Annual report of the Punjab Veterinary College and of the Civil Veterinary Department, Punjab - 1926-1932
Year: 1926
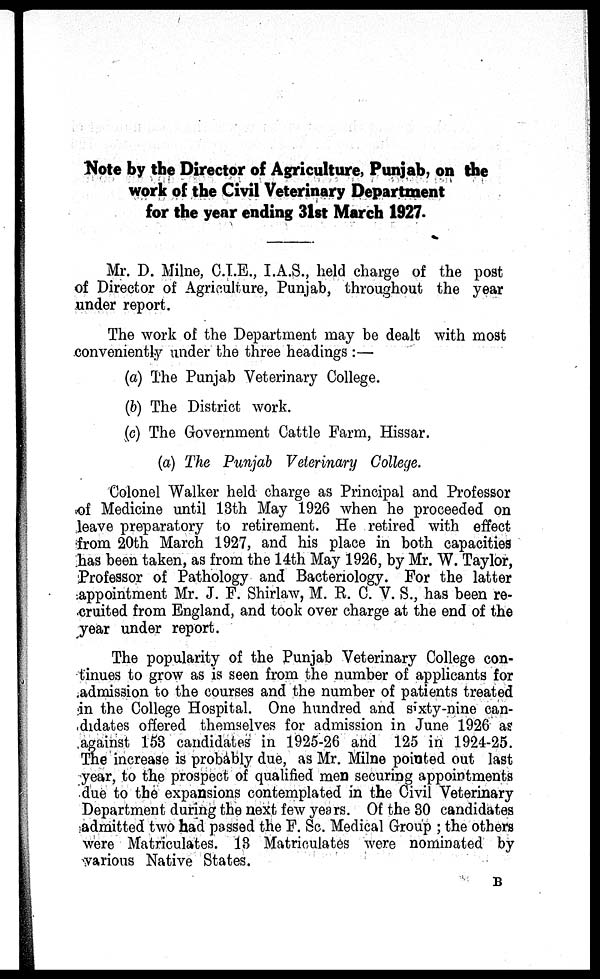
Note by the Director of Agriculture, Punjab, on the
work of the Civil Veterinary Department
for the year ending 31st March 1927.
Mr. D. Milne, C.I.E., I.A.S., held charge of the post
of Director of Agriculture, Punjab, throughout the year
under report.
The work of the Department may be dealt with most
conveniently under the three headings:—
(a) The Punjab Veterinary College.
(b) The District work.
(c) The Government Cattle Farm, Hissar.
(a) The Punjab Veterinary College.
Colonel Walker held charge as Principal and Professor
of Medicine until 13th May 1926 when he proceeded on
leave preparatory to retirement. He retired with effect
from 20th March 1927, and his place in both capacities
has been taken, as from the 14th May 1926, by Mr. W. Taylor,
Professor of Pathology and Bacteriology. For the latter
appointment Mr. J. F. Shirlaw, M. R. C. V. S., has been re-
cruited from England, and took over charge at the end of the
year under report.
The popularity of the Punjab Veterinary College con-
tinues to grow as is seen from the number of applicants for
admission to the courses and the number of patients treated
in the College Hospital. One hundred and sixty-nine can-
didates offered themselves for admission in June 1926 as
against 153 candidates in 1925-26 and 125 in 1924-25.
The increase is probably due, as Mr. Milne pointed out last
year, to the prospect of qualified men securing appointments
due to the expansions contemplated in the Civil Veterinary
Department during the next few years. Of the 30 candidates
admitted two had passed the F. Sc. Medical Group; the others
were Matriculates. 13 Matriculates were nominated by
various Native States.
B